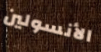
الأنسولين